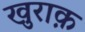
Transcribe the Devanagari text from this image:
खुराक़